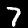
Label: 7